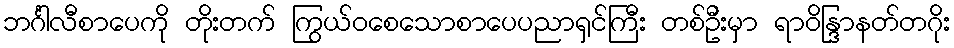
ဘင်္ဂါလီစာပေကို တိုးတက် ကြွယ်ဝစေသောစာပေပညာရှင်ကြီး တစ်ဦးမှာ ရာဝိန္ဒြာနတ်တဂိုး